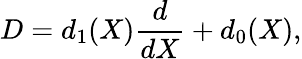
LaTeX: D=d_{1}(X)\frac{d}{dX}+d_{0}(X),